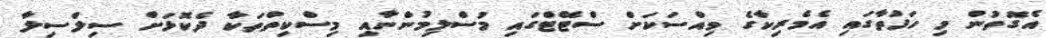
އެގޮތުން މި ހަފުތާގައި އެމެރިކާގެ ވިއްސަކަށް ސްޓޭޓްގައި މުސްލިމުންނާއި މިސްކިތްތަކާ ދެކޮޅަށް ސިލްސިލާ